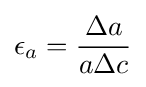
\epsilon _{a}={\dfrac {\Delta a}{a\Delta c}}